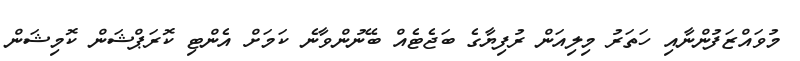
މުވައްޒަފުންނާއި ހަތަރު މިލިއަން ރުފިޔާގެ ބަޖެޓެއް ބޭނުންވާނެ ކަމަށް އެންޓި ކޮރަޕްޝަން ކޮމިޝަން